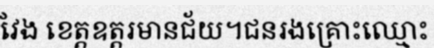
វែង ខេត្តឧត្តរមានជ័យ។ជនរងគ្រោះឈ្មោះ